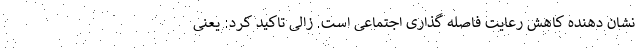
نشان دهنده کاهش رعایت فاصله گذاری اجتماعی است. زالی تاکید کرد: یعنی